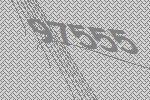
97555